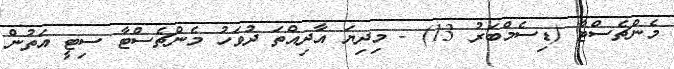
މެންޗެސްޓާ (ޑިސެމްބަރު 13) - މިދިޔަ އާދިއްތަ ދުވަހު މެންޗެސްޓާ ސިޓީ އަތުން